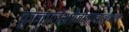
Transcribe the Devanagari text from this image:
कुन्तलैर्भ्राजमानाननम्